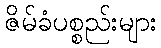
ဇိမ်ခံပစ္စည်းများ